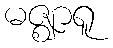
မဇ္ဈာရူ